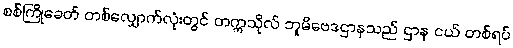
စစ်ကြိုခေတ် တစ်လျှောက်လုံးတွင် တက္ကသိုလ် ဘူမိဗေဒဌာနသည် ဌာန ငယ် တစ်ရပ်